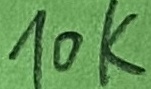
Text: 10K